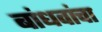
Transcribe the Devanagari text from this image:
बांधवांचा